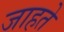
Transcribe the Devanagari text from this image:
जाहते